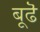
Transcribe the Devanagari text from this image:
बूढॆ